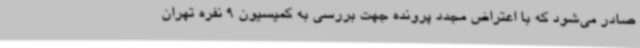
صادر می‌شود که با اعتراض مجدد پرونده جهت بررسی به کمیسیون 9 نفره تهران